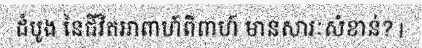
ដំបូង នៃជីវិតអាពាហ៍ពិពាហ៍ មានសារៈសំខាន់? |